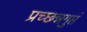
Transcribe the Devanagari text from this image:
प्रच्छन्नगुप्तं